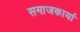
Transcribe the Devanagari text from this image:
समाजकार्या